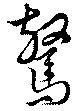
驚